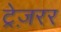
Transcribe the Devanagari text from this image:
ट्रेज़रर